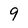
Character: 9